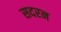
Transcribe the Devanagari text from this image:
सदरन